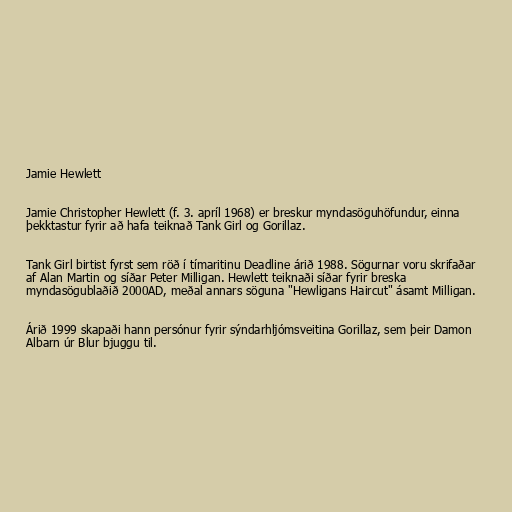
Jamie Hewlett

Jamie Christopher Hewlett (f. 3. apríl 1968) er breskur myndasöguhöfundur, einna
þekktastur fyrir að hafa teiknað Tank Girl og Gorillaz.

Tank Girl birtist fyrst sem röð í tímaritinu Deadline árið 1988. Sögurnar voru skrifaðar
af Alan Martin og síðar Peter Milligan. Hewlett teiknaði síðar fyrir breska
myndasögublaðið 2000AD, meðal annars söguna "Hewligans Haircut" ásamt Milligan.

Árið 1999 skapaði hann persónur fyrir sýndarhljómsveitina Gorillaz, sem þeir Damon
Albarn úr Blur bjuggu til.